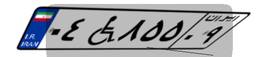
۰۴W۸۵۵۰۹